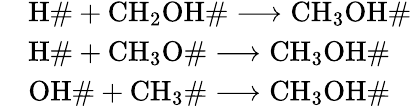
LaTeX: \begin{array}{rl}&{\mathrm{H\# }+\mathrm{CH_{2}OH\# }\longrightarrow\mathrm{CH_{3}OH\# }}\\ &{\mathrm{H\# }+\mathrm{CH_{3}O\# }\longrightarrow\mathrm{CH_{3}OH\# }}\\ &{\mathrm{OH\# }+\mathrm{CH_{3}\# }\longrightarrow\mathrm{CH_{3}OH\# }}\end{array}